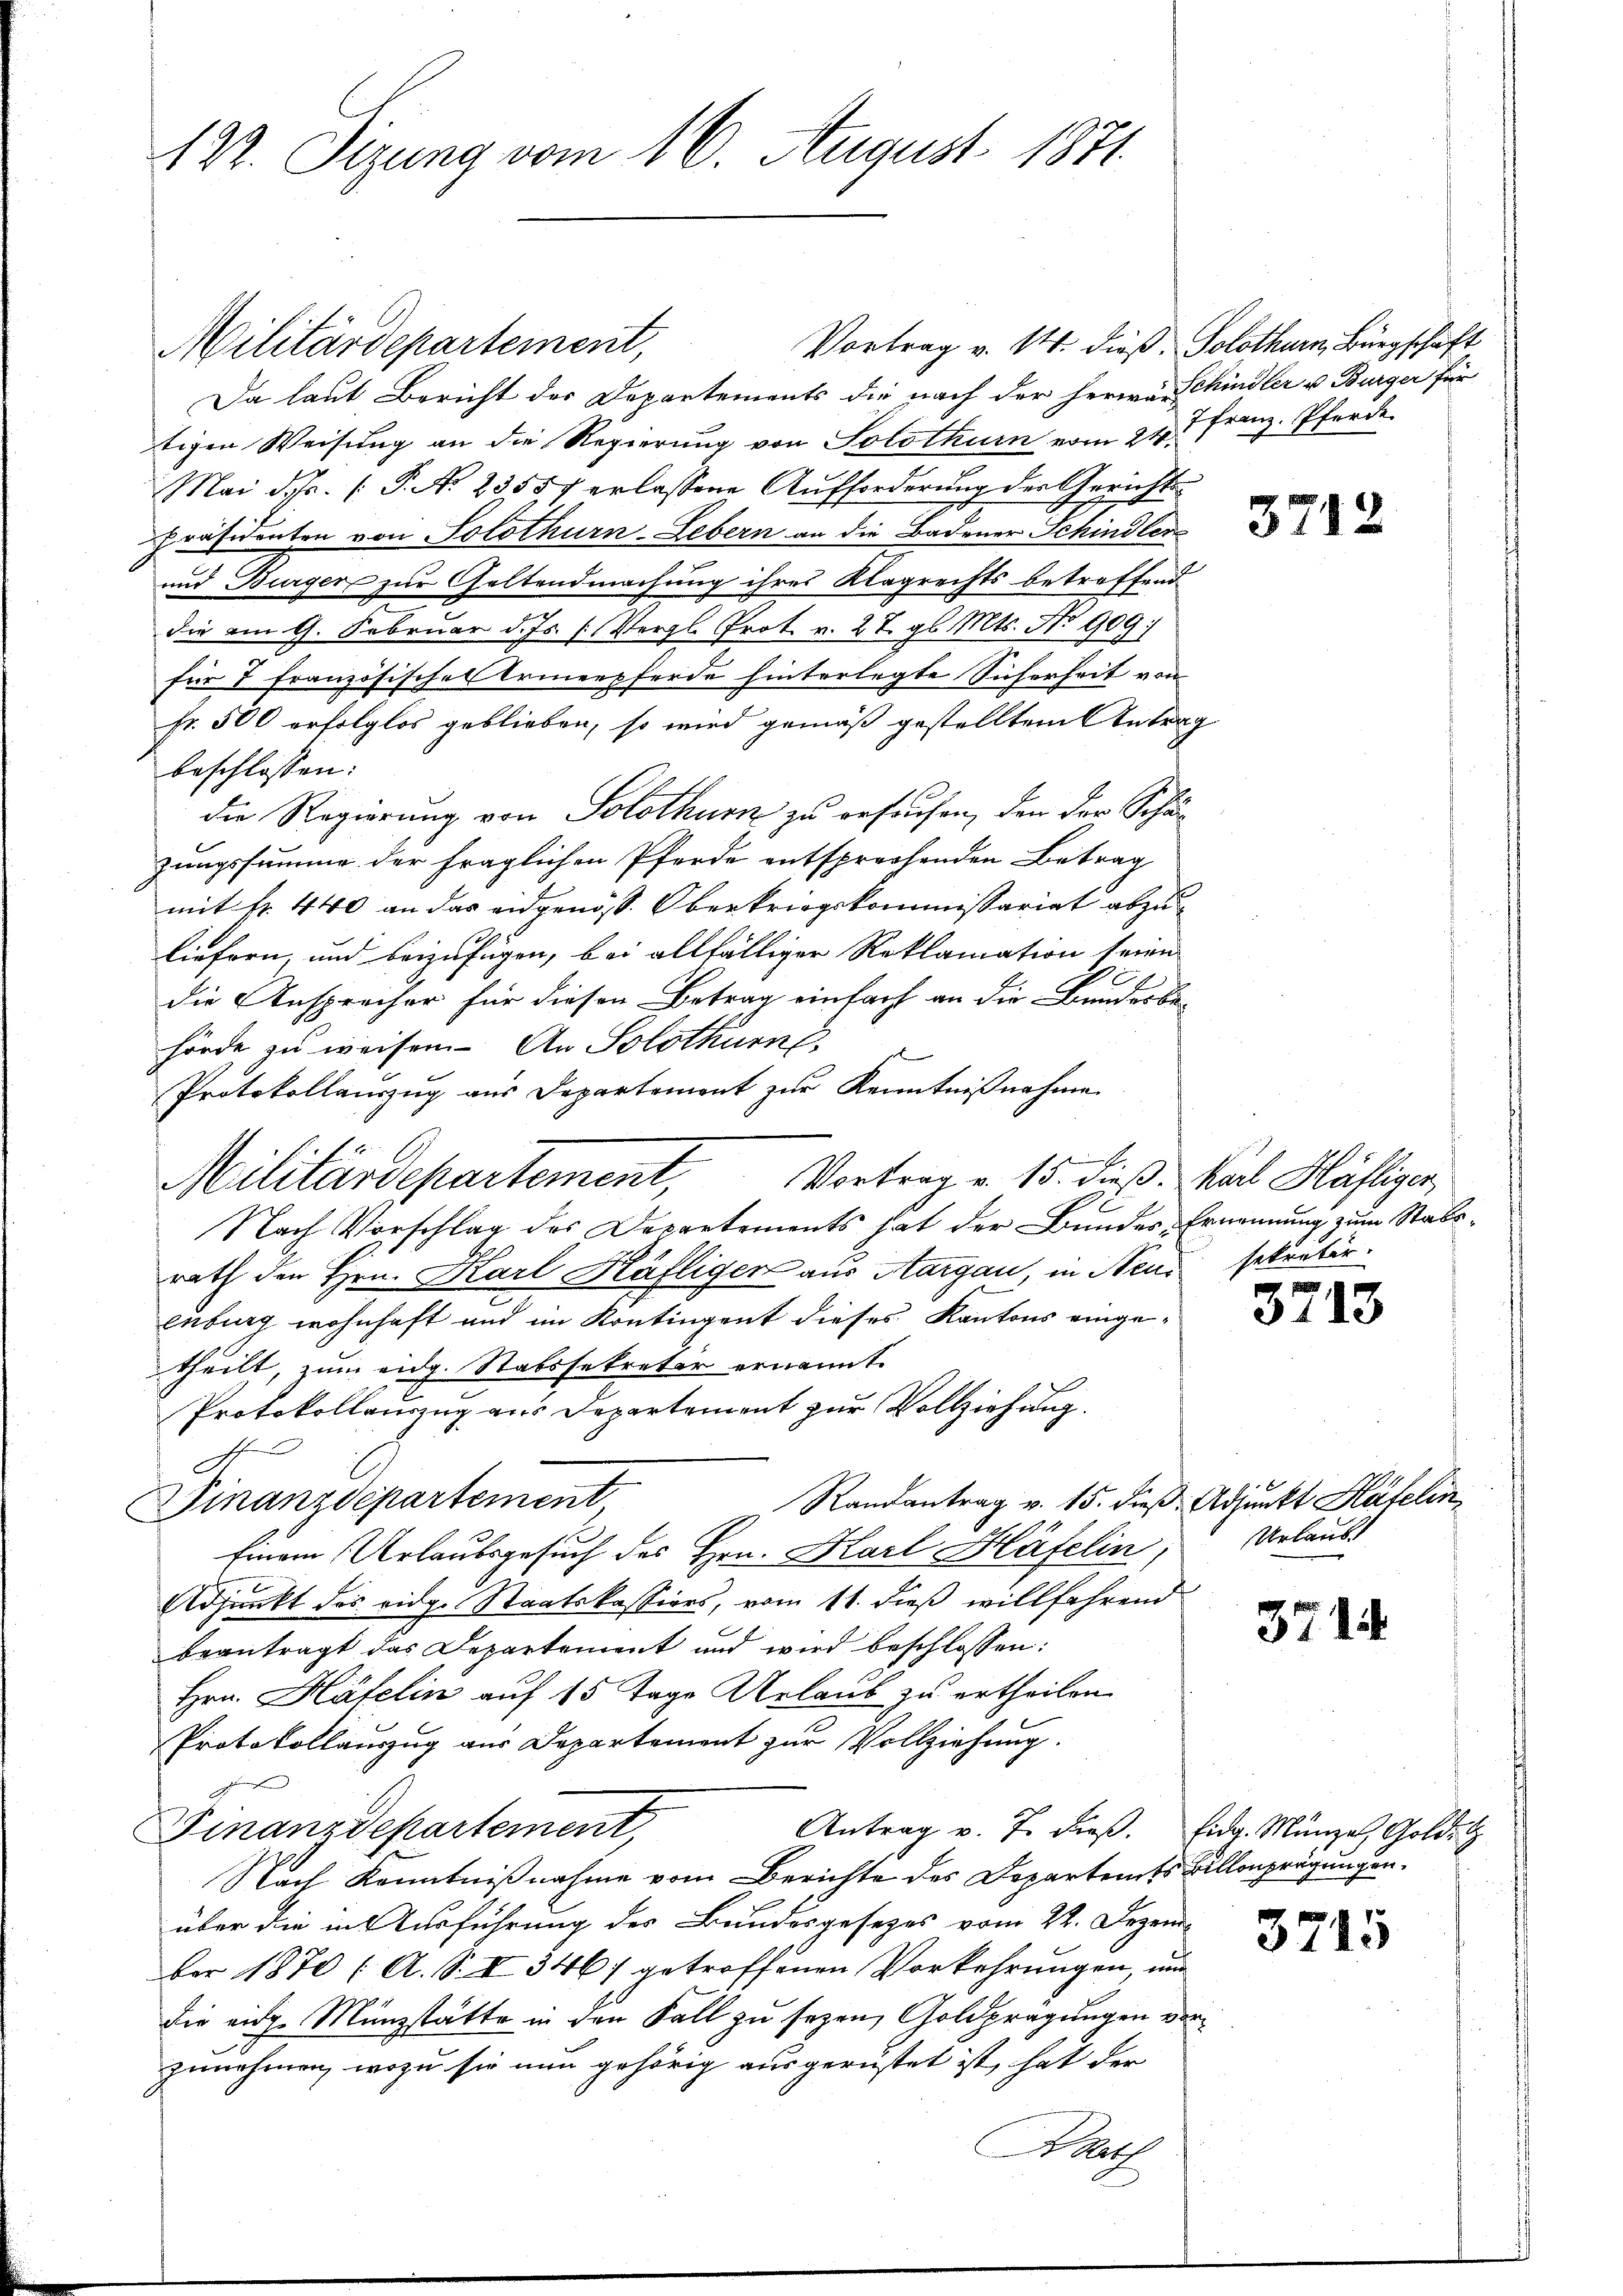
122. Sitzung vom 16. August 1871

Vortrag v. 14. dieß, Solothurn, Bürgschaft
Militärdepartement,
Da laut Bericht der Departements die nach der Herrn Schindler u. Bürger für
tigen Weisung an die Regierung von Solothurn vom 24 t Franz, Pferde
Mai d. fr. P. No 23557 erlassene Aufforderung der Gerichts-
Präsidenten von Solothurn-Lebern an die Badener Schindler
und Bürger zur Geltendmachung ihres Klagrechts betreffend
die am 9. Februar d. Js. (Vergl. Prot. v. 27. gl. Mts. No 909
für 7 französisches Armenpferde hinterlegte Sicherheit von
fr. 500 erfolglos geblieben, so wird gemäß gestelltem Antrag
beschlossen:
die Regierung von Solothur zu ersuchen, dem der Schän
zungssumme der fraglichen Pferde entsprechenden Betrag
mit fr. 440 an das eidgenöss. Oberkriegskommissariat abzuliefern, und beizufügen, bei allfälliger Reklamation seien
die Anspracher für diesen Betrag einfach an die Bundesbe-
hörde zu weisen. An Solothurn,
Protokollauszug aus Departement zur Kenntnißnahme
Vortrag v. 15. dieß. Karl Häfliger,
Militärdepartement,
.
Nach Vorschlag des Departements hat der Bundes-Ernennung zum Stabsrath den Hrn. Karl Häfliger aus Aargau, in Neue sekretär.
euburg wohnhaft und im Kontingent dieses Kantons eingetheilt, zum eidg. Stabssekreter ernannt.
Protokollauszug aus Departement zur Vollziehung.
Randantrag v. 15. dieß. Adjunkt Häfelin
Finanzdepartement
Einem Urlaubsgesuch des Hrn. Karl Häfelin,
Adjunkt des eidg. Staatskassiers, vom 11. dieß willfahrend
beantragt das Departement und wird beschlossen:
Hrn. Häfelin auf 15 Tage Urlaub zu ertheilen
Protokollauszug aus Departement zur Vollziehung.
Finanzdepartement,
Antrag v. J. dieβ. Eidg. Münze Goldet
Nach Kenntnißnahme vom Berichte des Departemts Billenprägungen.
über die in Ausführung des Bundesgesetzes vom 22. Dezember 1870 (A. S. II 346/ getroffenen Vorkehrungen, und
die eidg. Münzstätte in den Fall zu sezen, Goldprägungen vorzunehmen, wozu sie nun gehörig ausgerüstet ist, hat der
Rat

3712

,
3113

Urlaub

3714.

3715